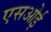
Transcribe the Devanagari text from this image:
एसओई